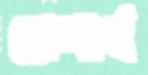
হোগার্থ